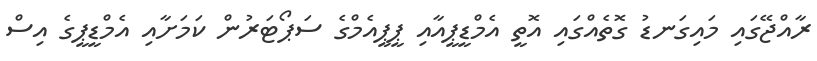
ރާއްޖޭގައި މައިގަނޑު ގޮތެއްގައި އޮތީ އެމްޑީޕީއާއި ޕީޕީއެމްގެ ސަޕޯޓަރުން ކަމަށާއި އެމްޑީޕީގެ އިސް